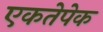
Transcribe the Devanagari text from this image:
एकतेपेक